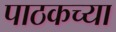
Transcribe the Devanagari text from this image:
पाठकच्या